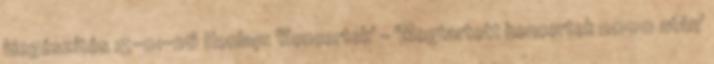
kiegészítés 15-01-26 Honlap: 'Koncertek' - 'Megtartott koncertek 2000 után'